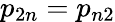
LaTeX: p_{2n}=p_{n2}